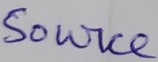
Text: Source